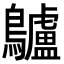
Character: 𪈒